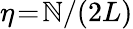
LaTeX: \eta\! =\! \mathbb{N}/(2L)